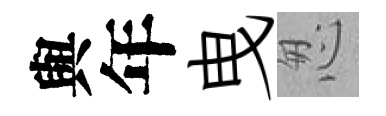
與年曳怱